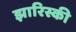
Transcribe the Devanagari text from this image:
झारिस्की